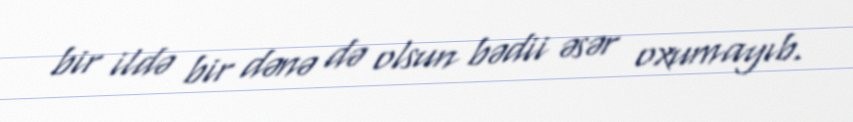
bir ildə bir dənə də olsun bədii əsər oxumayıb.